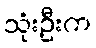
သုံးဦးက